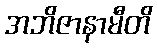
အဘိဇာနာမီတိ